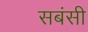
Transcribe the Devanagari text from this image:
सबंसी